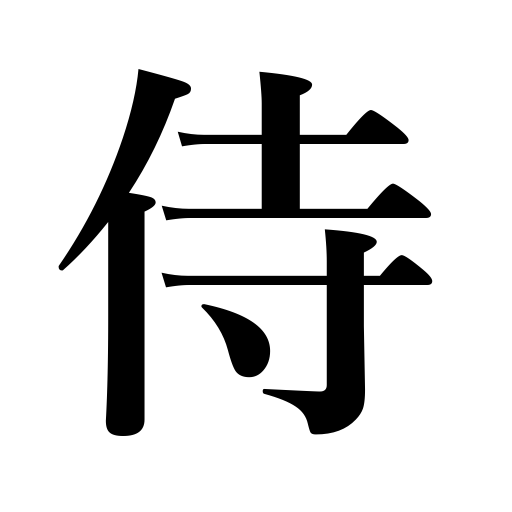
Meanings: samurai,serve,warrior,wait upon